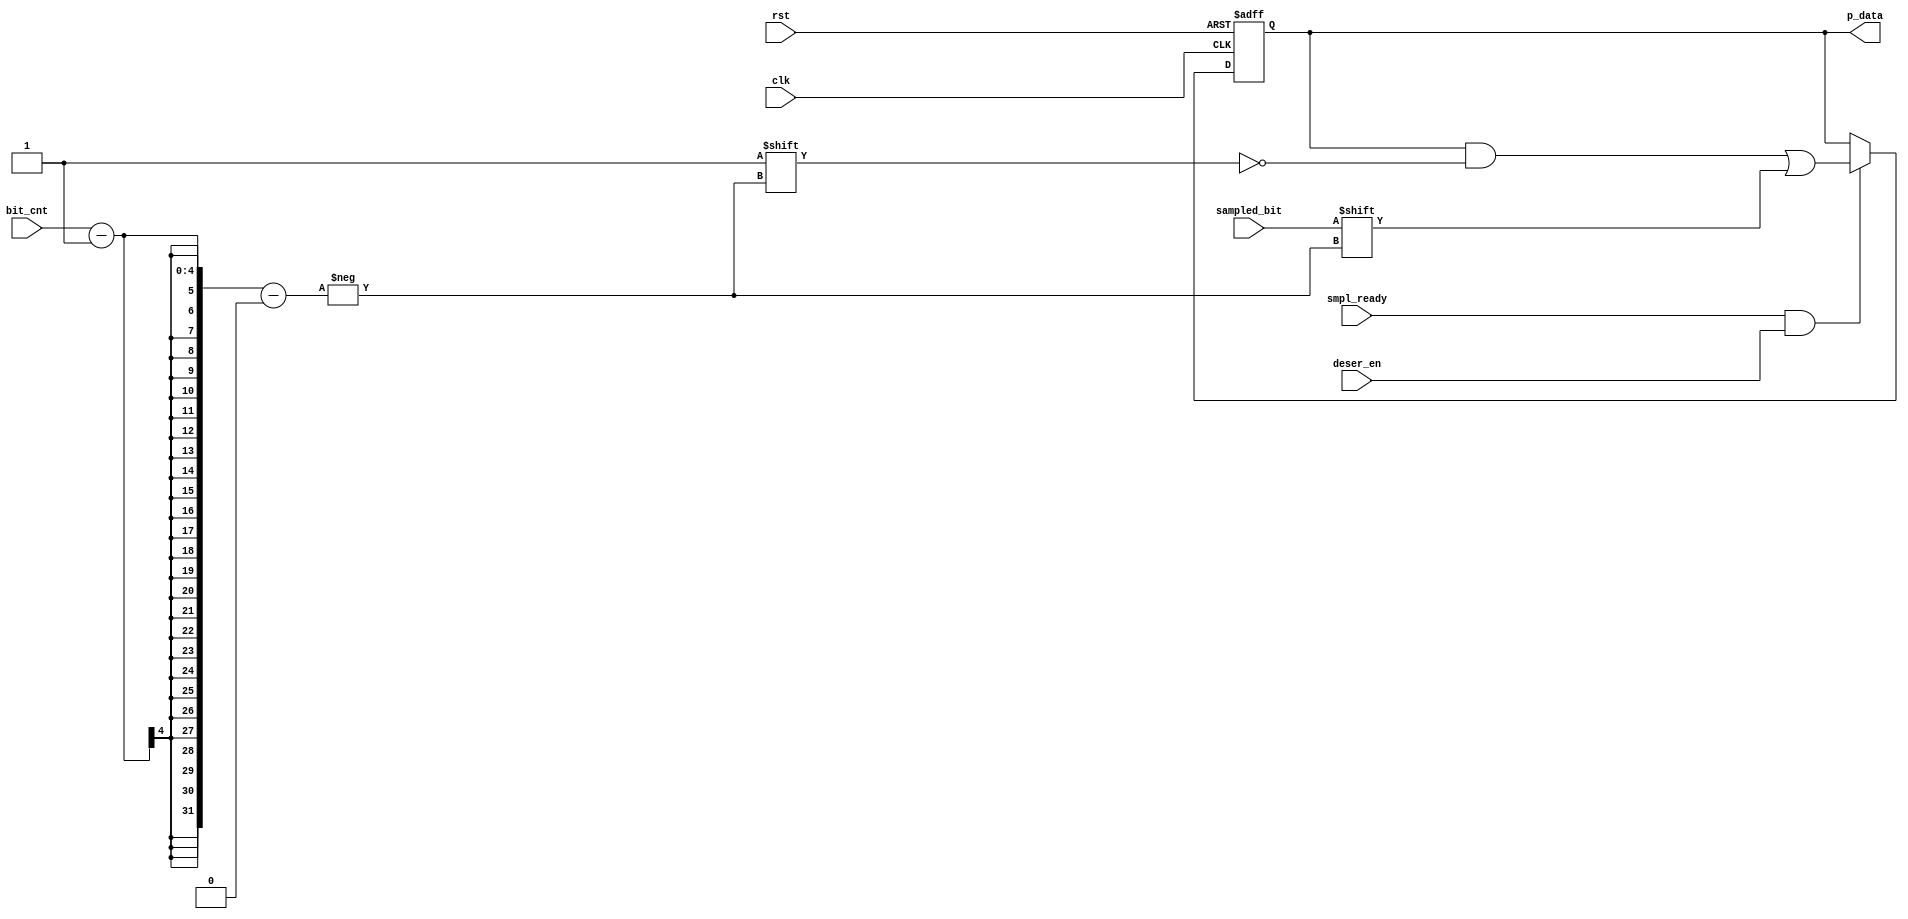
module deserializer (
input wire              clk,rst, 
input wire              sampled_bit,
input wire              smpl_ready,
input wire              deser_en,
input wire  [3:0]       bit_cnt,
output reg  [7:0]       p_data
);


//RTL
always @(posedge clk or negedge rst) begin
    if (!rst) begin
      p_data <= 8'b0 ;
    end
    else if (smpl_ready && deser_en) begin // deser_en should come when sampled_bit ready
        p_data [bit_cnt - 1] <= sampled_bit ; 
    end /* else begin
        p_data [bit_cnt] <= sampled_bit ;
    end */
end

endmodule

/*
always @(*)
 begin
      ser_data = p_data[count];
      if (count == 4'b1000) begin
        ser_done <=  1'b1 ;
        ser_data <= 1'b0 ;
       end
      else begin
        ser_done <= 1'b0;
      end
   end

always @(posedge clk)
begin
  s_data <= ser_data ;
end

*/